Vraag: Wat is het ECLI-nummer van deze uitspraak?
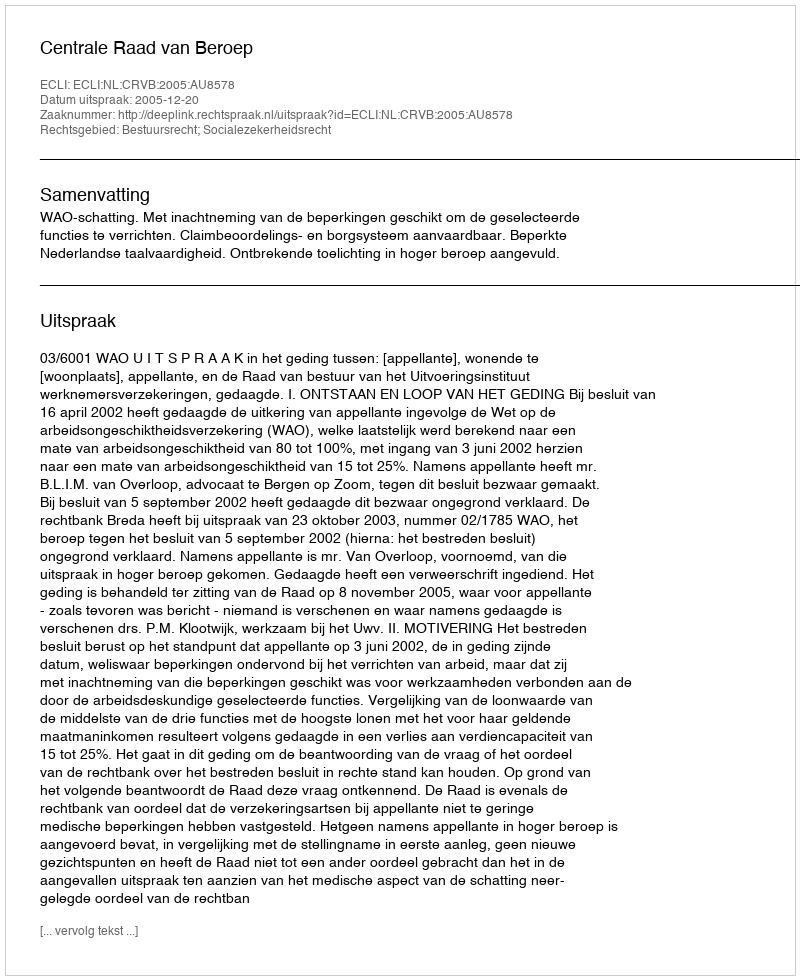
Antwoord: ECLI:NL:CRVB:2005:AU8578